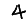
Digit: 4